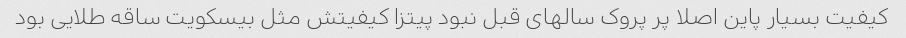
کیفیت بسیار پاین اصلا پر پروک سالهای قبل نبود پیتزا کیفیتش مثل بیسکویت ساقه طلایی بود